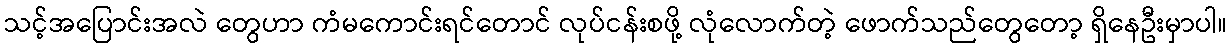
သင့်အပြောင်းအလဲ တွေဟာ ကံမကောင်းရင်တောင် လုပ်ငန်းစဖို့ လုံလောက်တဲ့ ဖောက်သည်တွေတော့ ရှိနေဦးမှာပါ။